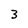
Character: 3